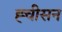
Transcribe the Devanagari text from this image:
ह्चीसन